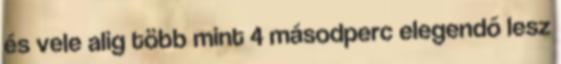
és vele alig több mint 4 másodperc elegendő lesz